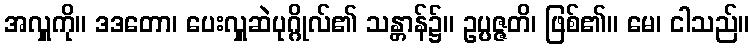
အလှူကို။ ဒဒတော၊ ပေးလှူဆဲပုဂ္ဂိုလ်၏ သန္တာန်၌။ ဥပ္ပဇ္ဇတိ၊ ဖြစ်၏။ မေ၊ ငါသည်။